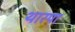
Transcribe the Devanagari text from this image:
थारपा